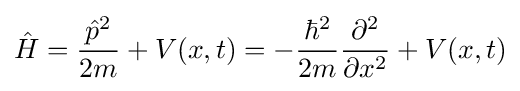
{\hat {H}}={\frac {{\hat {p}}^{2}}{2m}}+V(x,t)=-{\frac {\hbar ^{2}}{2m}}{\frac {\partial ^{2}}{\partial x^{2}}}+V(x,t)